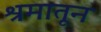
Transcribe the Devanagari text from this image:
श्रमातून